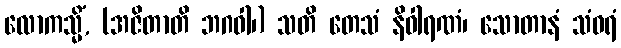
လောကသ္မိံ, (အဇိတာတိ ဘဂဝါ၊) သတိ တေသံ နိဝါရဏံ၊ သောတာနံ သံဝရံ